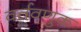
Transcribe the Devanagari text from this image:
वर्तवणुक